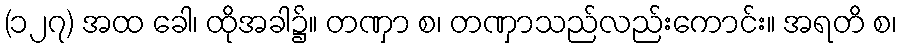
(၁၂၇) အထ ခေါ၊ ထိုအခါ၌။ တဏှာ စ၊ တဏှာသည်လည်းကောင်း။ အရတိ စ၊